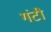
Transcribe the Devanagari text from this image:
गंटी